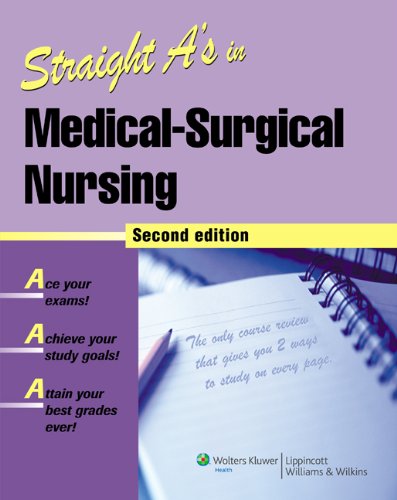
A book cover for Straight A's in Medical-Surgical Nursing; Springhouse; Medical Books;